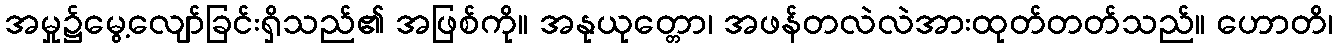
အမှု၌မွေ့လျော်ခြင်းရှိသည်၏ အဖြစ်ကို။ အနုယုတ္တော၊ အဖန်တလဲလဲအားထုတ်တတ်သည်။ ဟောတိ၊